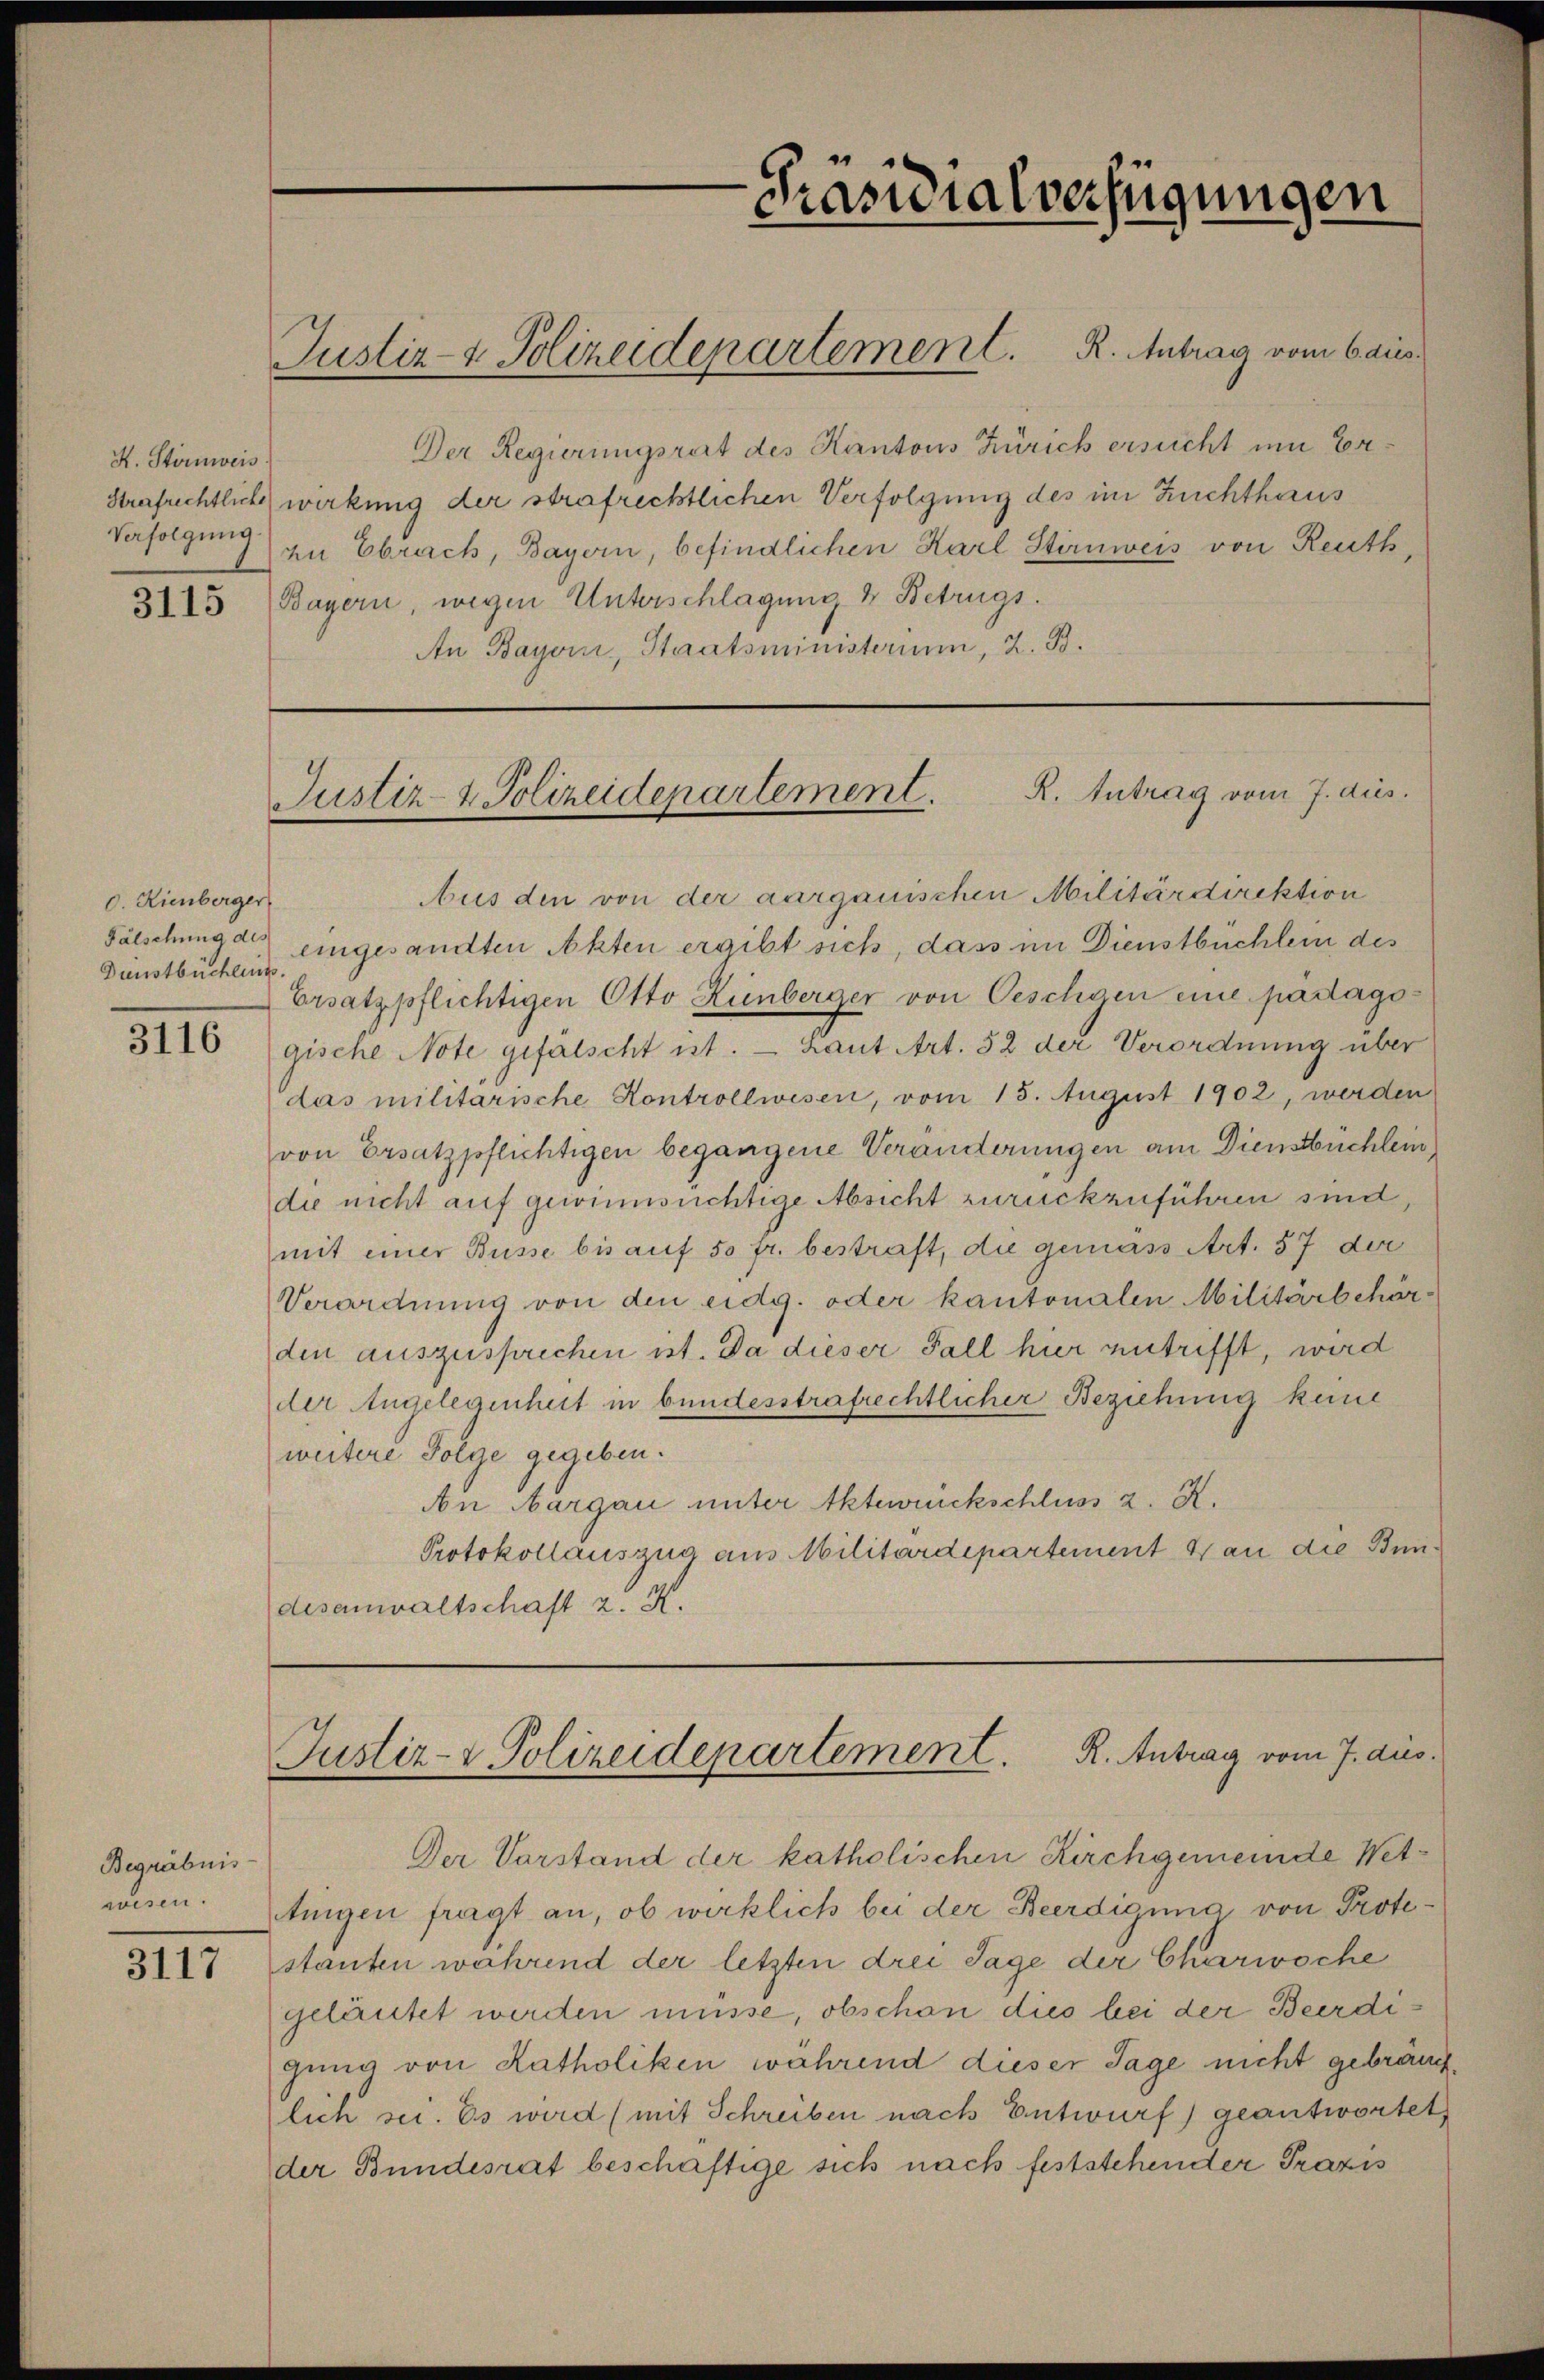
K. Störnweis
Verfolgung.

0. Kienberger
Dunstbüchleg

II10

Begräbnis

3117

Der Regierungsrirt des Kantons Zürich ersucht um Er¬
Strafrechtliche wirkung der strafrechtlichen Verfolgung des im Zuchthaus
zn Ebrach, Bayern, befindlichen Karl Stirnweis von Reuth,
3115 (Bayern, wegen Unterschlagung & Betrugs.
An Bayern, Staatsministerium, 2. B.

bus den von der aargauischen Militärdirektion
Fälschung des eingesandten Akten ergibt sich, dass im Dienstbüchlein des
Ersatzpflichtigen Otto Hünberger von Oeschigen eine partagsgische Note gefälscht ist. — Laut Art. 52 der Verordnung über
das militarische Kontrollwesen, vom 15. August 1902, werden
von Ersatzpflichtigen begangene Veränderungen am Dienstbuchlei
die nicht auf gewinnsüchtige Absicht zurückzuführen sind,
mit einer Büsse bis auf 50 fr. bestraft, die gemäss Art. 57 der
Verordnung von den eidg. oder kantonalen Militärbehörden auszusprechen ist. Da dieser Fall hier entrifft, wird
der Angelegenheit in bundesstrafrechtlicher Beziehung keine
weitere Folge gegeben.
An Aargau unter Akteweckschluss 2. X.
Protokollauszug aus Militärdepartement 4 an die Bundesanwaltschaft z. K.

Justiz- & Polizeidepartement. R. Antrag vom 6 aus.

-Präsidialverfügungen

Justiz- & Polizeidepartement. R. Intrag vom 7. dies

Justiz- & Polizeidepartement. R. Antrag vom 7. aus.

Der Vorstand der katholischen Kirchgemeinde Wet¬

wisen. Aigen fragt an, ob wirklich bei der Beerdigung von Protestanten wahrend der letzten drei Tage der Charwoche
geläutet werden müsse, obschon dies bei der Beerdigung von Katholiken während dieser Tage nicht gebräuchlich sei. Es wird (mit Schreiben nach Entwurf) geantwortet
der Bundesrat beschäftige sich nach feststehender Praxis